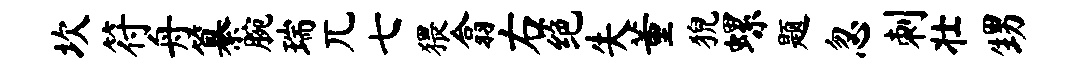
坎符舟纂腕瑞兀七猥翕右绝失董猊螺题忽刺壮甥